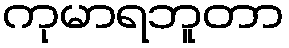
ကုမာရဘူတာ